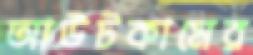
আউটকামের